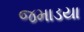
જમાડયા